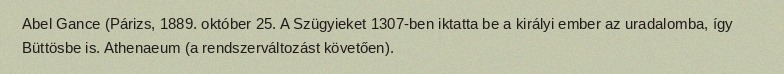
Abel Gance (Párizs, 1889. október 25. A Szügyieket 1307-ben iktatta be a királyi ember az uradalomba, így Büttösbe is. Athenaeum (a rendszerváltozást követően).